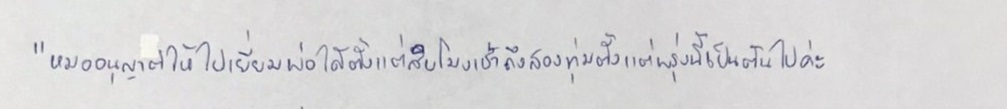
"หมออนุญาตให้ไปเยี่ยมพ่อได้ตั้งแต่สิบโมงเช้าถึงสองทุ่มตั้งแต่พรุ่งนี้เป็นต้นไปค่ะ